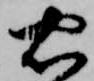
忠